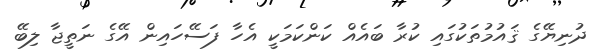
ދުނިޔޭގެ ޤައުމުތަކުގައި ކުރާ ބައެއް ކަންކަމަކީ އެހާ ފަސޭހައިން އޭގެ ނަތީޖާ ލިބޭ